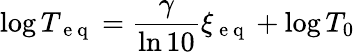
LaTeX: \log T_{\mathrm{~e~q~}}=\frac{\gamma}{\ln 10}\xi_{\mathrm{~e~q~}}+\log T_{0}